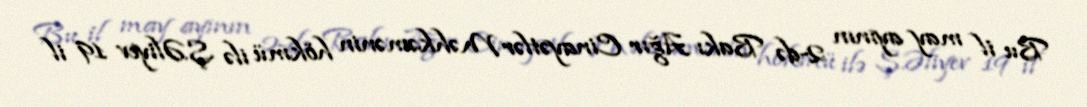
Bu il may ayının 2-də Bakı Ağır Cinayətlər Məhkəmənin hökmü ilə Ş.Əliyev 19 il